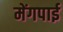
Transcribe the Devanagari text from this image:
मेंगपाई